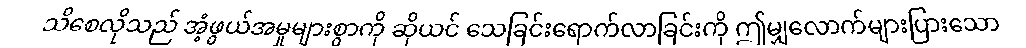
သိစေလိုသည် အံ့ဖွယ်အမှုများစွာကို ဆိုယင် သေခြင်းရောက်လာခြင်းကို ဤမျှလောက်များပြားသော